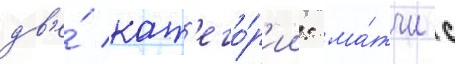
дв'е́ кат'его́р'ии: ма́тчи с